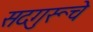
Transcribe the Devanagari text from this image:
सदगुरूचे